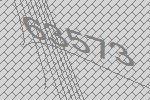
63573